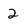
Character: 2